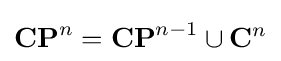
\mathbf {CP} ^{n}=\mathbf {CP} ^{n-1}\cup \mathbf {C} ^{n}